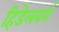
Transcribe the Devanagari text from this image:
हिडेलबर्ग